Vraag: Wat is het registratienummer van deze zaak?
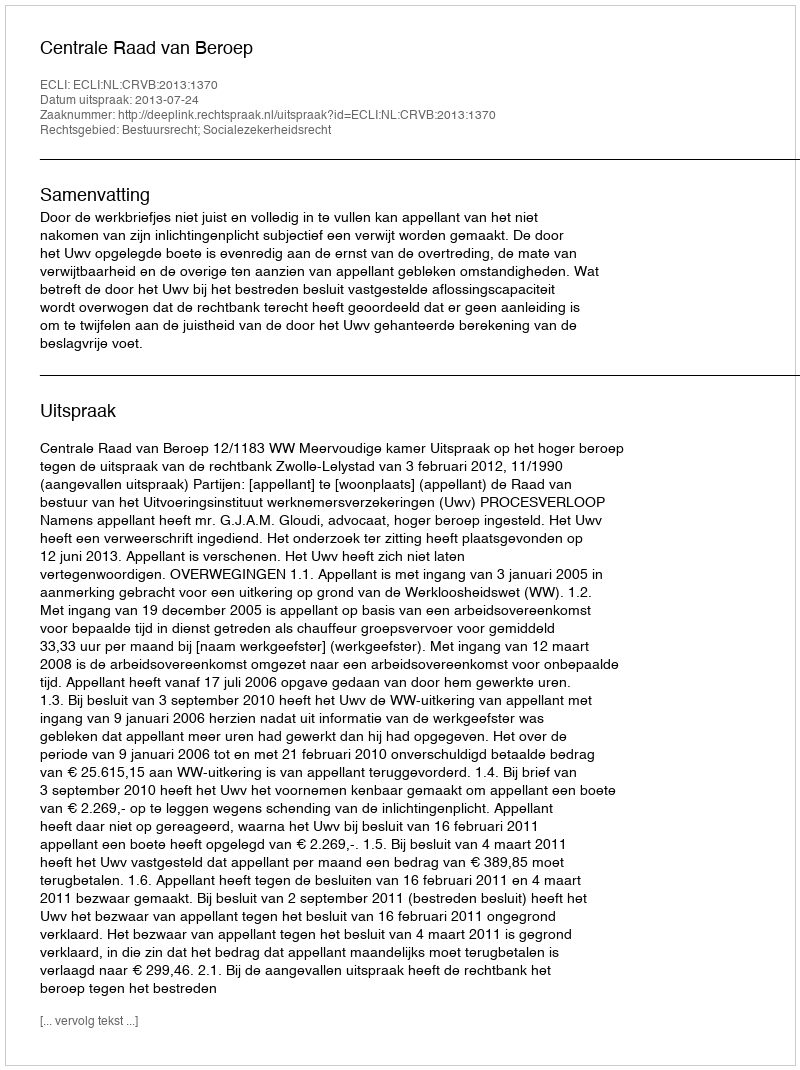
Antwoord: http://deeplink.rechtspraak.nl/uitspraak?id=ECLI:NL:CRVB:2013:1370